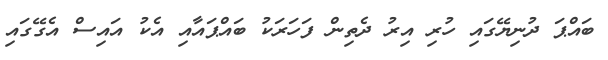
ބައްޕަ ދުނިޔޭގައި ހުރި އިރު ދެތިން ފަހަރަކު ބައްޕައާއި އެކު އައިސް އެގޭގައި